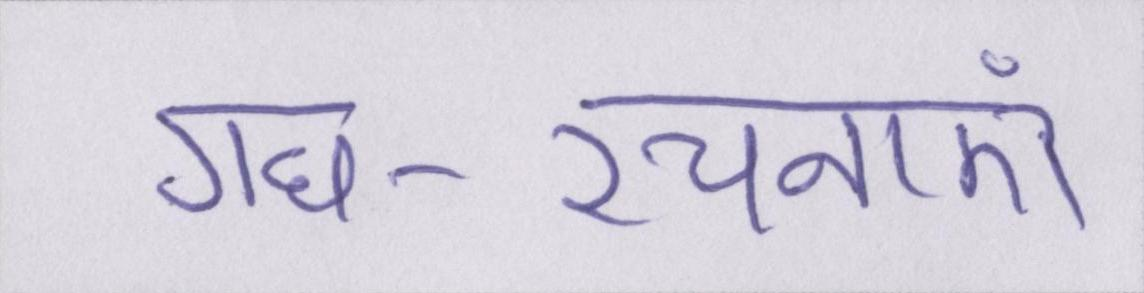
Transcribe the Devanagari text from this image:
गध-रचनाएं